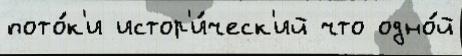
пото́к'и истор'и́ческ'ий что одно́й